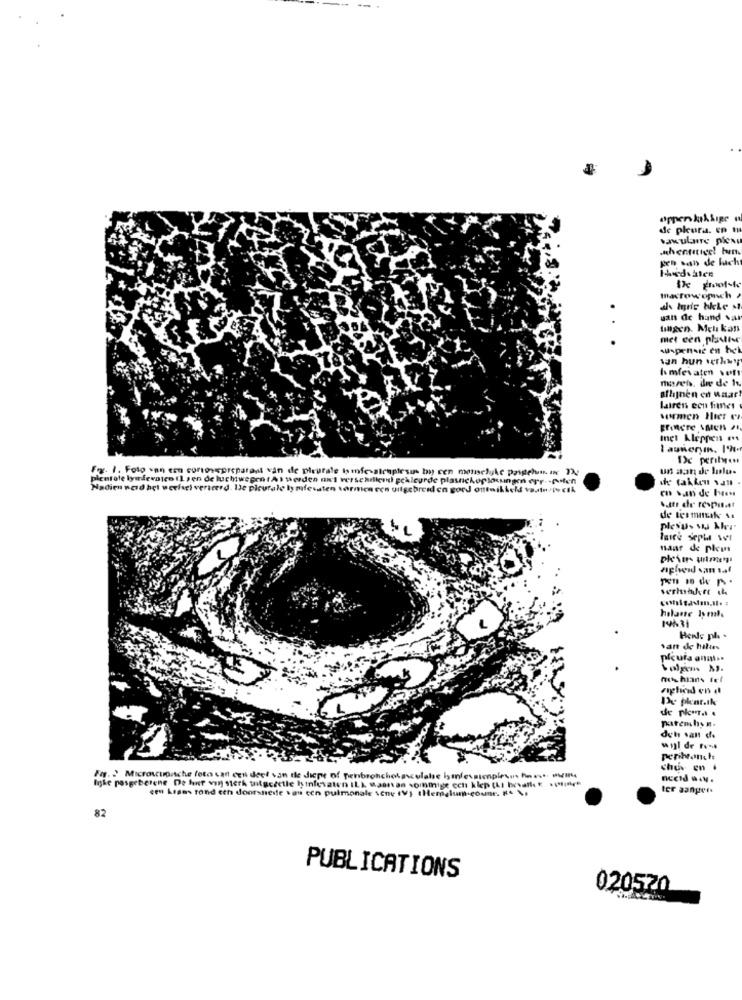
de pleura. en t
sawulanre pies
hentetige! her
pro ban de lucht
macrow opnch >
uan de hand var
..
ungen. Meli kan
met een pluie
suspensie en hek
san hun verhwy
hmfevaten veft
marets, die de h
aflijnen en waar!
lairen con fines
wormen Hier er
Fringre sMen !!
Inet Kleppen mn
Fx. 1. Foto van een corsoscpreparaat van de pleursle imfesalenplesans by cen menselijke pasdehun. ur T
un aan de llu.
plentale lymfeunico (1 , en de luchtwegen ( A) werden ant verschillend gekleurde plancheplanungen err -polen
Nadien werd het weefsel verteerd. De plurale lymfesaten tarmen een uitgebreid en gord ontwikkeld vas
m san de los
.tr de respit.at
de termnike ..
faire Septi WI
nanr de plus
apheid van taf
holaste lyml
14431
Hende pl -
van de hills
mtchians fel
del salt de
wijl de fut
perikonche
chus en .
Fax. : Microsupitche foto can ces deel van de dice of renbronchalesculabe i miessimple ... ..... www.
ncctd . . y .
Inhe pasgeborene De hur von sterk uitgezetle Işinlesaten ILL Maartan sommige ech klep (LI broalle .pier"
een Ligas rond ech doorsnede van een pulmonale \ene (V) "Hemalum-comme. . .
ter sanger.
82
PUBLICATIONS
020520